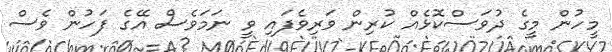
މީހުން މީގެ ދުވަސްކޮޅެއް ކުރިން ވަރިވެފައި ވީ ނަަމަވެސް އޭގެ ފަހުން ވެސް